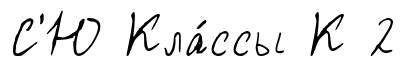
С'Ю Кла́ссы К 2